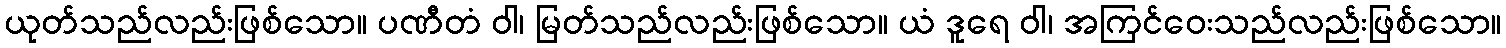
ယုတ်သည်လည်းဖြစ်သော။ ပဏီတံ ဝါ၊ မြတ်သည်လည်းဖြစ်သော။ ယံ ဒူရေ ဝါ၊ အကြင်ဝေးသည်လည်းဖြစ်သော။